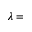
\lambda =